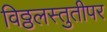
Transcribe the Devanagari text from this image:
विठ्ठलस्तुतीपर